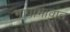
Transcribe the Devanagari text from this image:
भावाभावात